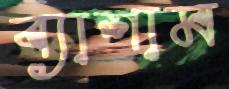
ব্যাশাম